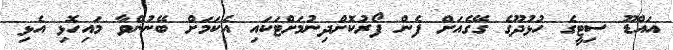
އައްޑޫ ސިޓީގެ ހުޅުދޫގެ ގޭގެއަށް ފެން ފޯރުކޮށްދިނުމަށްޓަކައި އެކަމަށް ބޭނުންވާ މައިހޮޅި އެޅި